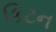
કિટન